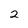
Character: 2